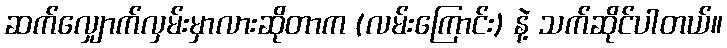
ဆက်လျှောက်လှမ်းမှာလားဆိုတာက (လမ်းကြောင်း) နဲ့ သက်ဆိုင်ပါတယ်။